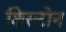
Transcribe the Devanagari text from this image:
शिस्टोन